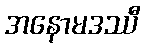
အနောမဒဿီ